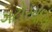
ગટોરવાળા